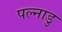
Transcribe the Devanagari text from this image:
पल्नाडु